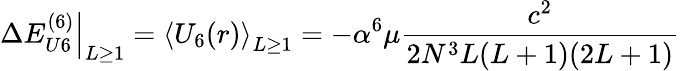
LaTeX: \left.\Delta E_{U6}^{(6)}\right|_{L\ge 1}=\left\langle U_{6}(r)\right\rangle_{L\ge 1}=-\alpha^{6}\mu\frac{c^{2}}{2N^{3}L(L+1)(2L+1)}